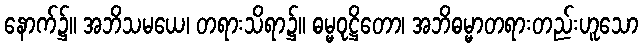
နောက်၌။ အဘိသမယေ၊ တရားသိရာ၌။ ဓမ္မဝုဋ္ဌိတော၊ အဘိဓမ္မာတရားတည်းဟူသော